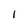
Character: I